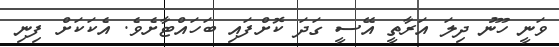
ވަނީ ހޫނު ދިލަ އަރާތީ އޭސީ ގަދަ ކޮށްފައި ބަހައްޓާށެވެ. އެކަކަށް ފިނި